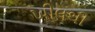
ખીલથી